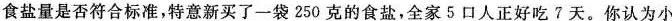
食盐量是否符合标准，特意新买了一袋250克的食盐，全家5口人正好吃?天。你认为小